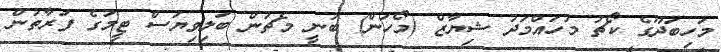
މަހިބަދޫގެ ކޯޗު މުހައްމަދު ޝިޔާޒް (މޯހަން) ބުނީ މެޗުން ބަލިވިޔަސް ޓީމުގެ ފަރާތުން